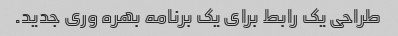
طراحی یک رابط برای یک برنامه بهره وری جدید.